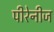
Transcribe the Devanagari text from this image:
पीरेनीज